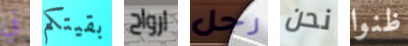
في بقيتكم ارواح رجل نحن ظنوا